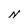
Character: N